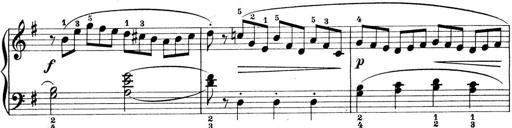
Title: Preis-Sonatine
Composer: Ernst James Bremner